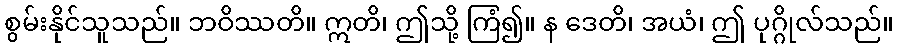
စွမ်းနိုင်သူသည်။ ဘဝိဿတိ။ ဣတိ၊ ဤသို့ ကြံ၍။ န ဒေတိ၊ အယံ၊ ဤ ပုဂ္ဂိုလ်သည်။